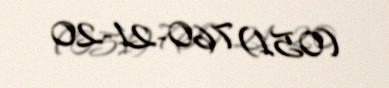
(051) 760-21-20